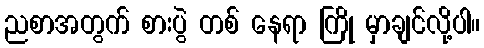
ညစာအတွက် စားပွဲ တစ် နေရာ ကြို မှာချင်လို့ပါ။